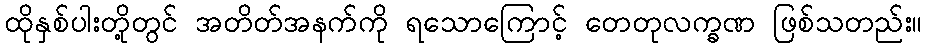
ထိုနှစ်ပါးတို့တွင် အတိတ်အနက်ကို ရသောကြောင့် တေတုလက္ခဏ ဖြစ်သတည်း။